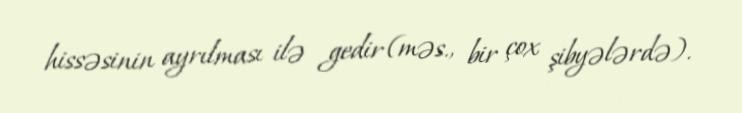
hissəsinin ayrılması ilə gedir (məs., bir çox şibyələrdə).